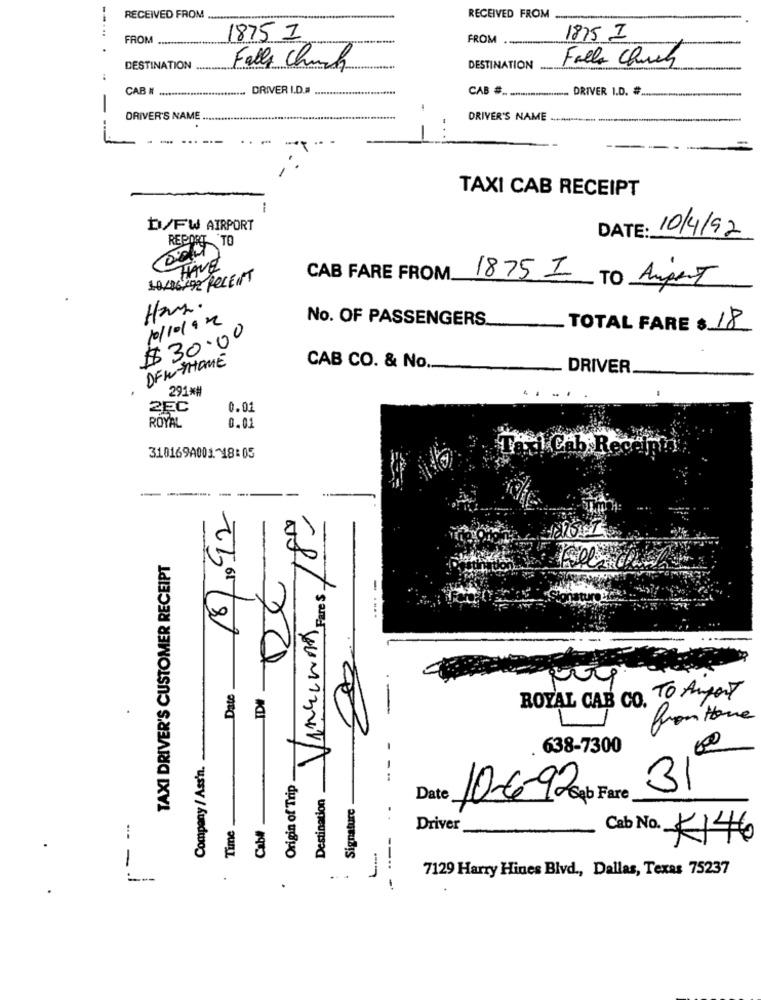
--
RECEIVED FROM ..........
RECEIVED FROM
:
FROM
1875 I
FROM
1875 I
Falls Church
..
DESTINATION .............
Falls Church
DESTINATION ........
CAB # .....*****
........ DRIVER I.D.#
CAB # .. ...................... DRIVER I.D. # ..
DRIVER'S NAME ..
DRIVER'S NAME
TAXI CAB RECEIPT
D/FW AIRPORT
DATE: 10/4/92
REPORT TO
HAVE
10/06/292 RECENT
CAB FARE FROM.
1875 I
TO AugenT
Han.
10/10/92
No. OF PASSENGERS.
TOTAL FARE $ 18
$ 30.00
DFWYHOME
CAB CO. & No.
DRIVER
291 **
2EC
0.01
ROYAL
0.01
Taxi Cab Recen
310169A001-18:05
-----
18.92
Vincennes Fare $ 18-
7
TAXI DRIVER'S CUSTOMER RECEIPT
0
-X2
Date
IDI
ROYAL CAB CO. TO Ampert
frontone
638-7300
2,0
Company / Ass'n.
Origin of Trip
Destination
Signature
Date
10-6-92gb
Time
Cabll
- ---
Driver
-
L .-
Cab No. 4146
7129 Harry Hines Blvd ., Dallas, Texas 75237
.
.. .